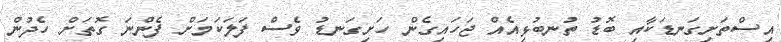
އިސްތަށިގަނޑަކާއި ބޮޑު ތުނބުޅިއެއް ޖަހައިގެން ހަށިގަނޑު ވެސް ފަލަކަމަށް ފެންނަ ގޮތަށް ހެދުން